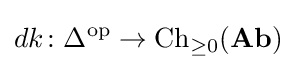
dk\colon \Delta ^{\text{op}}\to {\text{Ch}}_{\geq 0}({\textbf {Ab}})